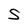
Character: S